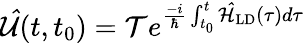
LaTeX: \mathcal{\hat{U}}(t,t_{0})=\mathcal{T}e^{\frac{-i}{\hbar}\int_{t_{0}}^{t}\mathcal{\hat{H}}_{\textrm{LD}}(\tau)d\tau}